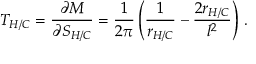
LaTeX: T _ { H / C } = \frac { \partial M } { \partial S _ { H / C } } = \frac { 1 } { 2 \pi } \left( \frac { 1 } { r _ { H / C } } - \frac { 2 r _ { H / C } } { l ^ { 2 } } \right) \, .